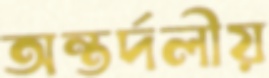
অন্তর্দলীয়